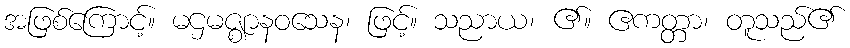
အဖြစ်ကြောင့်။ မဌမဇ္ဈာနဝသေန၊ ဖြင့်။ သညာယ၊ ၏။ ဧကတ္တာ၊ တူသည်၏